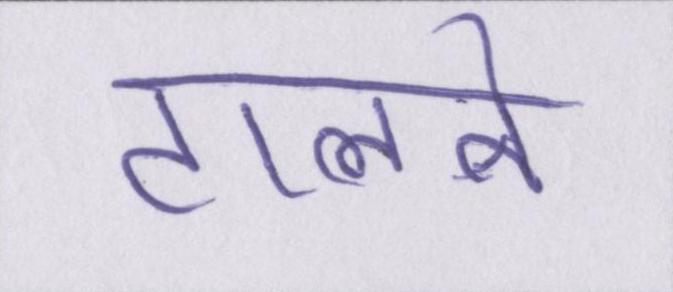
टालने